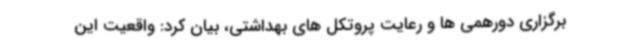
برگزاری دورهمی ها و رعایت پروتکل های بهداشتی، بیان کرد: واقعیت این